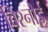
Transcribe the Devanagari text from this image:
बिश्‍नोई